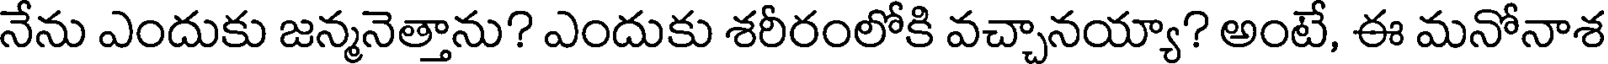
నేను ఎందుకు జన్మనెత్తాను? ఎందుకు శరీరంలోకి వచ్చానయ్యా? అంటే, ఈ మనోనాశ